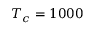
T _ { c } = 1 0 0 0